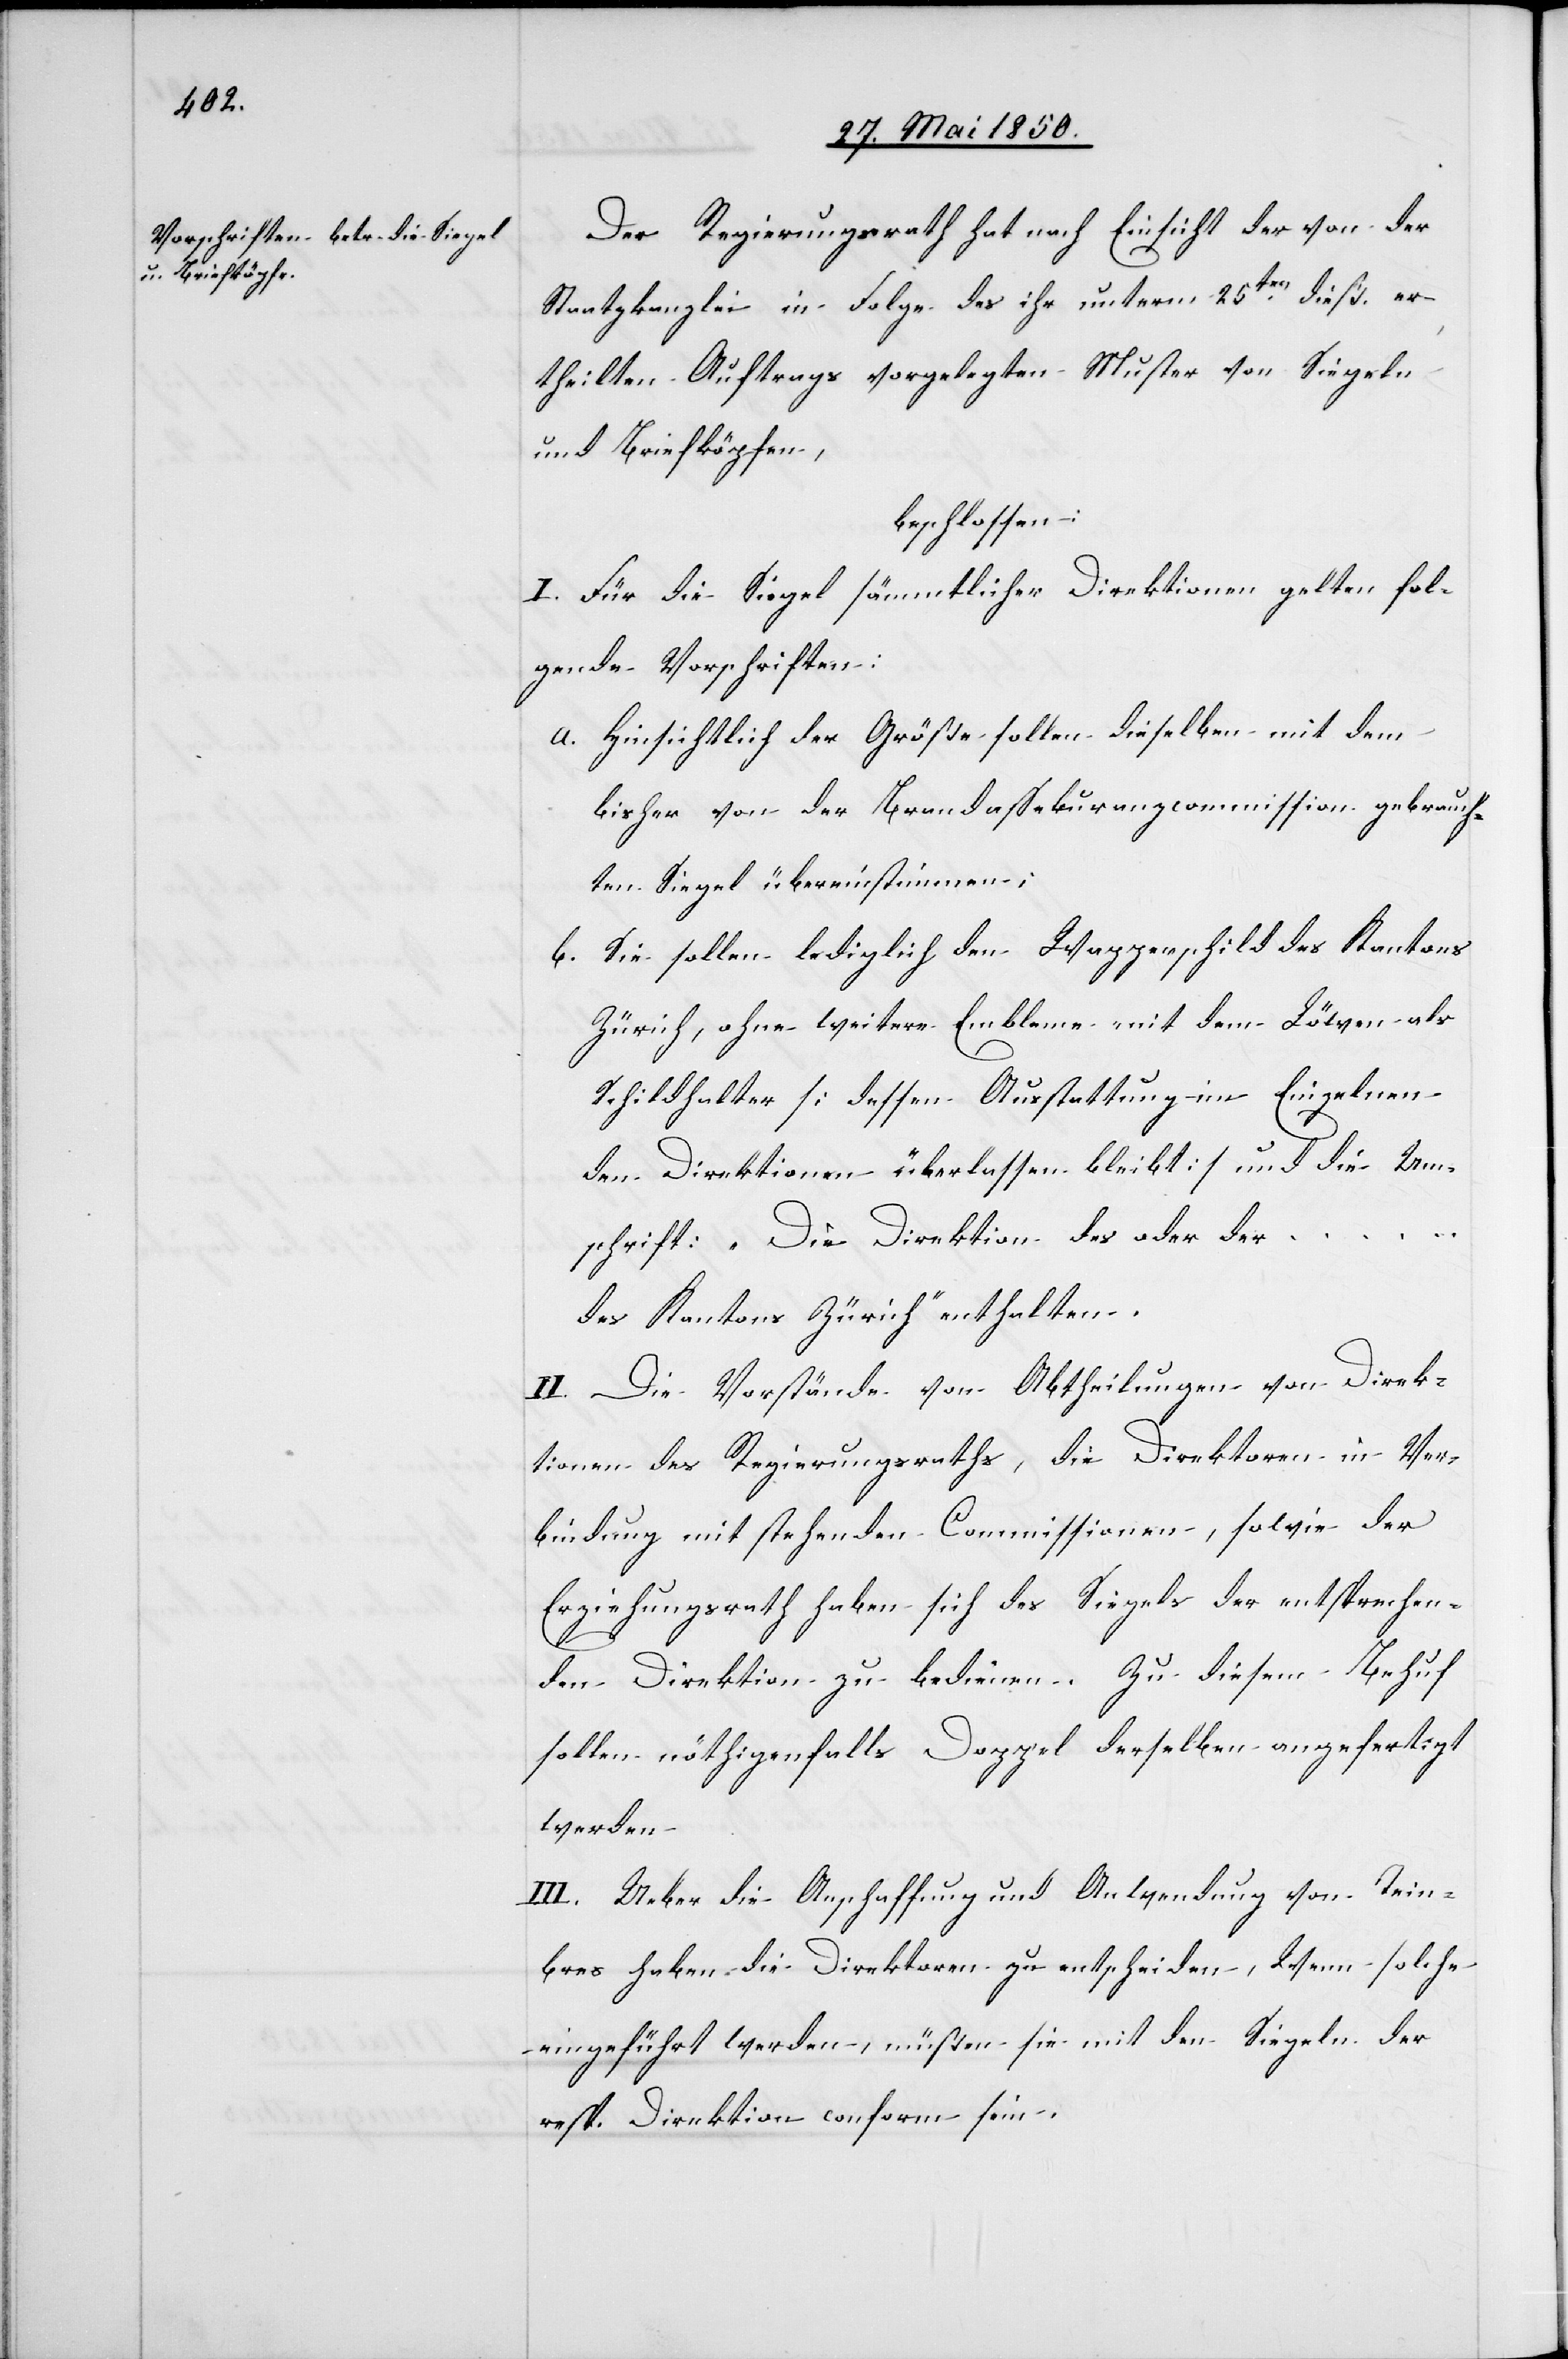
Der Regierungsrath hat nach Einsicht der von der
Staatskanzlei] in Folge des ihr unterm 25ten dieß. er¬
theilten Auftrages vorgelegten Muster von Siegeln
und Briefköpfen,
beschlossen:
I. Für die Siegel sämmtlicher Direktionen gelten fol¬
gende Vorschriften:
a. Hinsichtlich der Größe sollen dieselben mit dem
bisher von der Brandassekuranzcommission gebrauch¬
ten Siegel übereinstimmen;
b. Sie sollen lediglich den Wappenschild des Kantons
Zürich, ohne weitere Embleme mit dem Löwen als
Schildhalter [dessen Ausstattung im Einzelnen
den Direktionen überlassen bleibt] und die Um¬
schrift: „Die Direktion des oder der
des Kantons Zürich“ enthalten.
II. Die Vorstände von Abtheilungen von Direk¬
tionen des Regierungsraths, die Direktoren in Ver¬
bindung mit stehenden Commissionen, sowie der
Erziehungsrath haben sich des Siegels der entsprechen¬
den Direktion zu bedienen. Zu diesem Behuf
sollen nöthigenfalls Doppel derselben angefertigt
werden.
III. Ueber die Anschaffung und Anwendung von Tein¬
bres haben die Direktoren zu entscheiden, Wenn solche
eingeführt werden, müßen sie mit den Siegeln der
resp. Direktion conform sein.